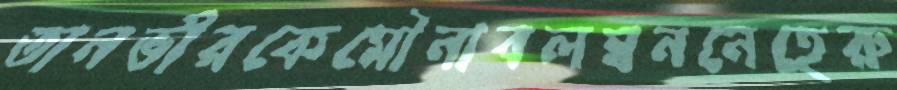
তানভীরকেমৌনাবলম্বননেহেরু